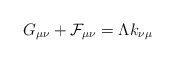
\begin{align*}G_{\mu \nu} +{\cal F}_{\mu \nu} =\Lambda k_{\nu \mu}\end{align*}